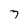
Character: 7